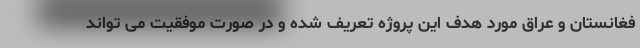
فغانستان و عراق مورد هدف این پروژه تعریف شده و در صورت موفقیت می تواند